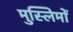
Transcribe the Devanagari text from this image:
मुस्‍लिमों